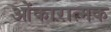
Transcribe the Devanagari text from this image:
ओंकारात्मक